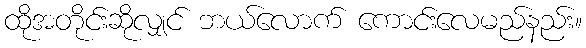
ထိုအတိုင်းဆိုလျှင် ဘယ်လောက် ကောင်းလေမည်နည်း။